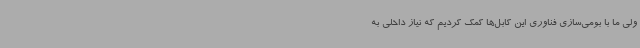
ولی ما با بومی‌سازی فناوری این کابل‌ها کمک کردیم که نیاز داخلی به